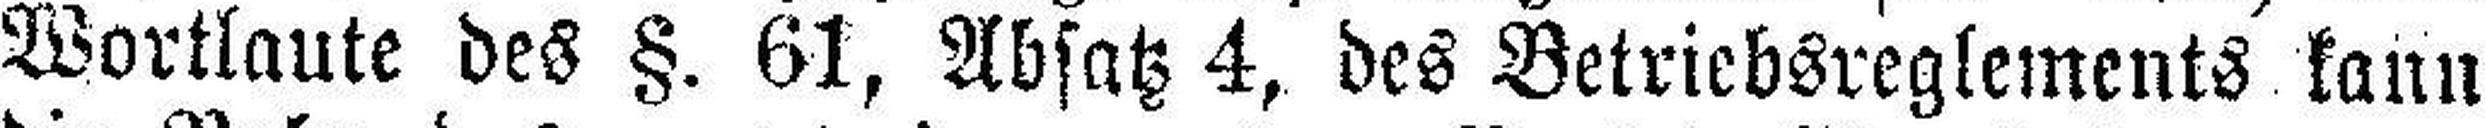
Wortlaute des §. 61, Absatz 4, des Betriebsreglements kann